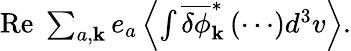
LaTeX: \begin{array}{r}{\mathrm{Re}\; \sum_{a,{\mathbf k}}e_{a}\left\langle\int\overline{{\delta\phi}}_{\mathbf k}^{\ast}\left(\cdots\right)d^{3}v\right\rangle.}\end{array}